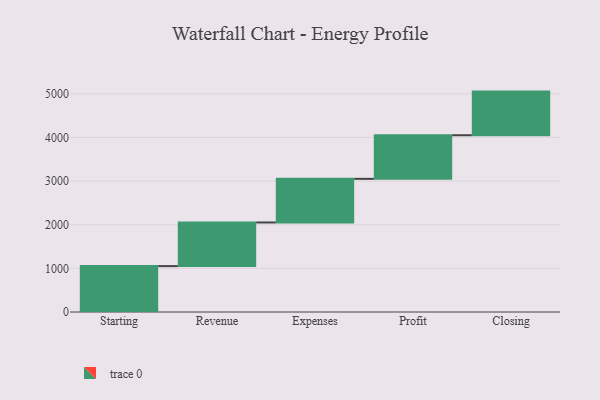
{"axis": {"x": "Step", "y": "Value"}, "legend": [""], "data": [{"x": "Starting", "y": 1052.0, "type": ""}, {"x": "Revenue", "y": 1000, "type": ""}, {"x": "Expenses", "y": 1000, "type": ""}, {"x": "Profit", "y": 1000, "type": ""}, {"x": "Closing", "y": 1000, "type": ""}]}